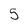
Character: 5